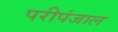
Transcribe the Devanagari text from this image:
परीपंजाल